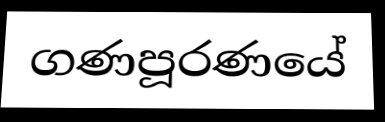
ගණපූරණයේ